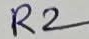
Text: R2